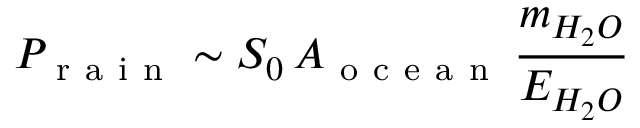
P _ { \mathrm { ~ r ~ a ~ i ~ n ~ } } \sim S _ { 0 } \, A _ { \mathrm { ~ o ~ c ~ e ~ a ~ n ~ } } \, \frac { m _ { H _ { 2 } O } } { E _ { H _ { 2 } O } }